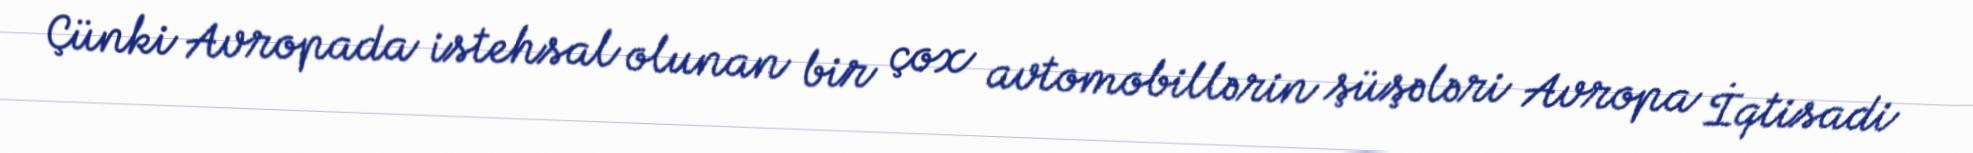
Çünki Avropada istehsal olunan bir çox avtomobillərin şüşələri Avropa İqtisadi